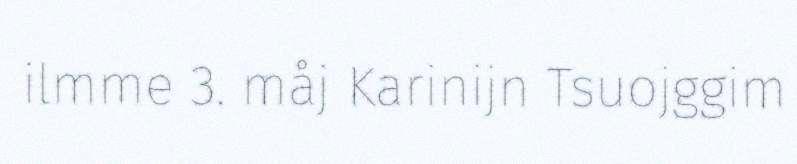
ilmme 3. måj Karinijn Tsuojggim